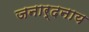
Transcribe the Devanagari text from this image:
जनार्दनाय